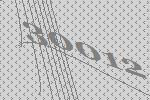
30012